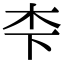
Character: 𪱱